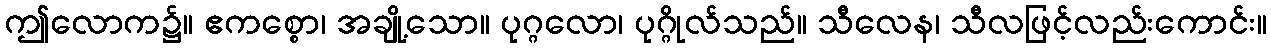
ဤလောက၌။ ဧကစ္စော၊ အချို့သော။ ပုဂ္ဂလော၊ ပုဂ္ဂိုလ်သည်။ သီလေန၊ သီလဖြင့်လည်းကောင်း။